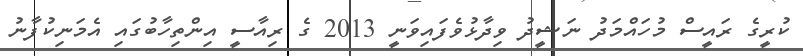
ކުރީގެ ރައީސް މުހައްމަދު ނަޝީދު ވިދާޅުވެފައިވަނީ 2013 ގެ ރިއާސީ އިންތިހާބުގައި އެމަނިކުފާނު